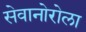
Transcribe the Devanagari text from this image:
सेवानोरोला